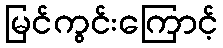
မြင်ကွင်းကြောင့်